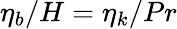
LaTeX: \eta_{b}/H=\eta_{k}/Pr